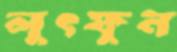
লুৎফুন